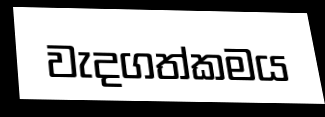
වැදගත්කමය